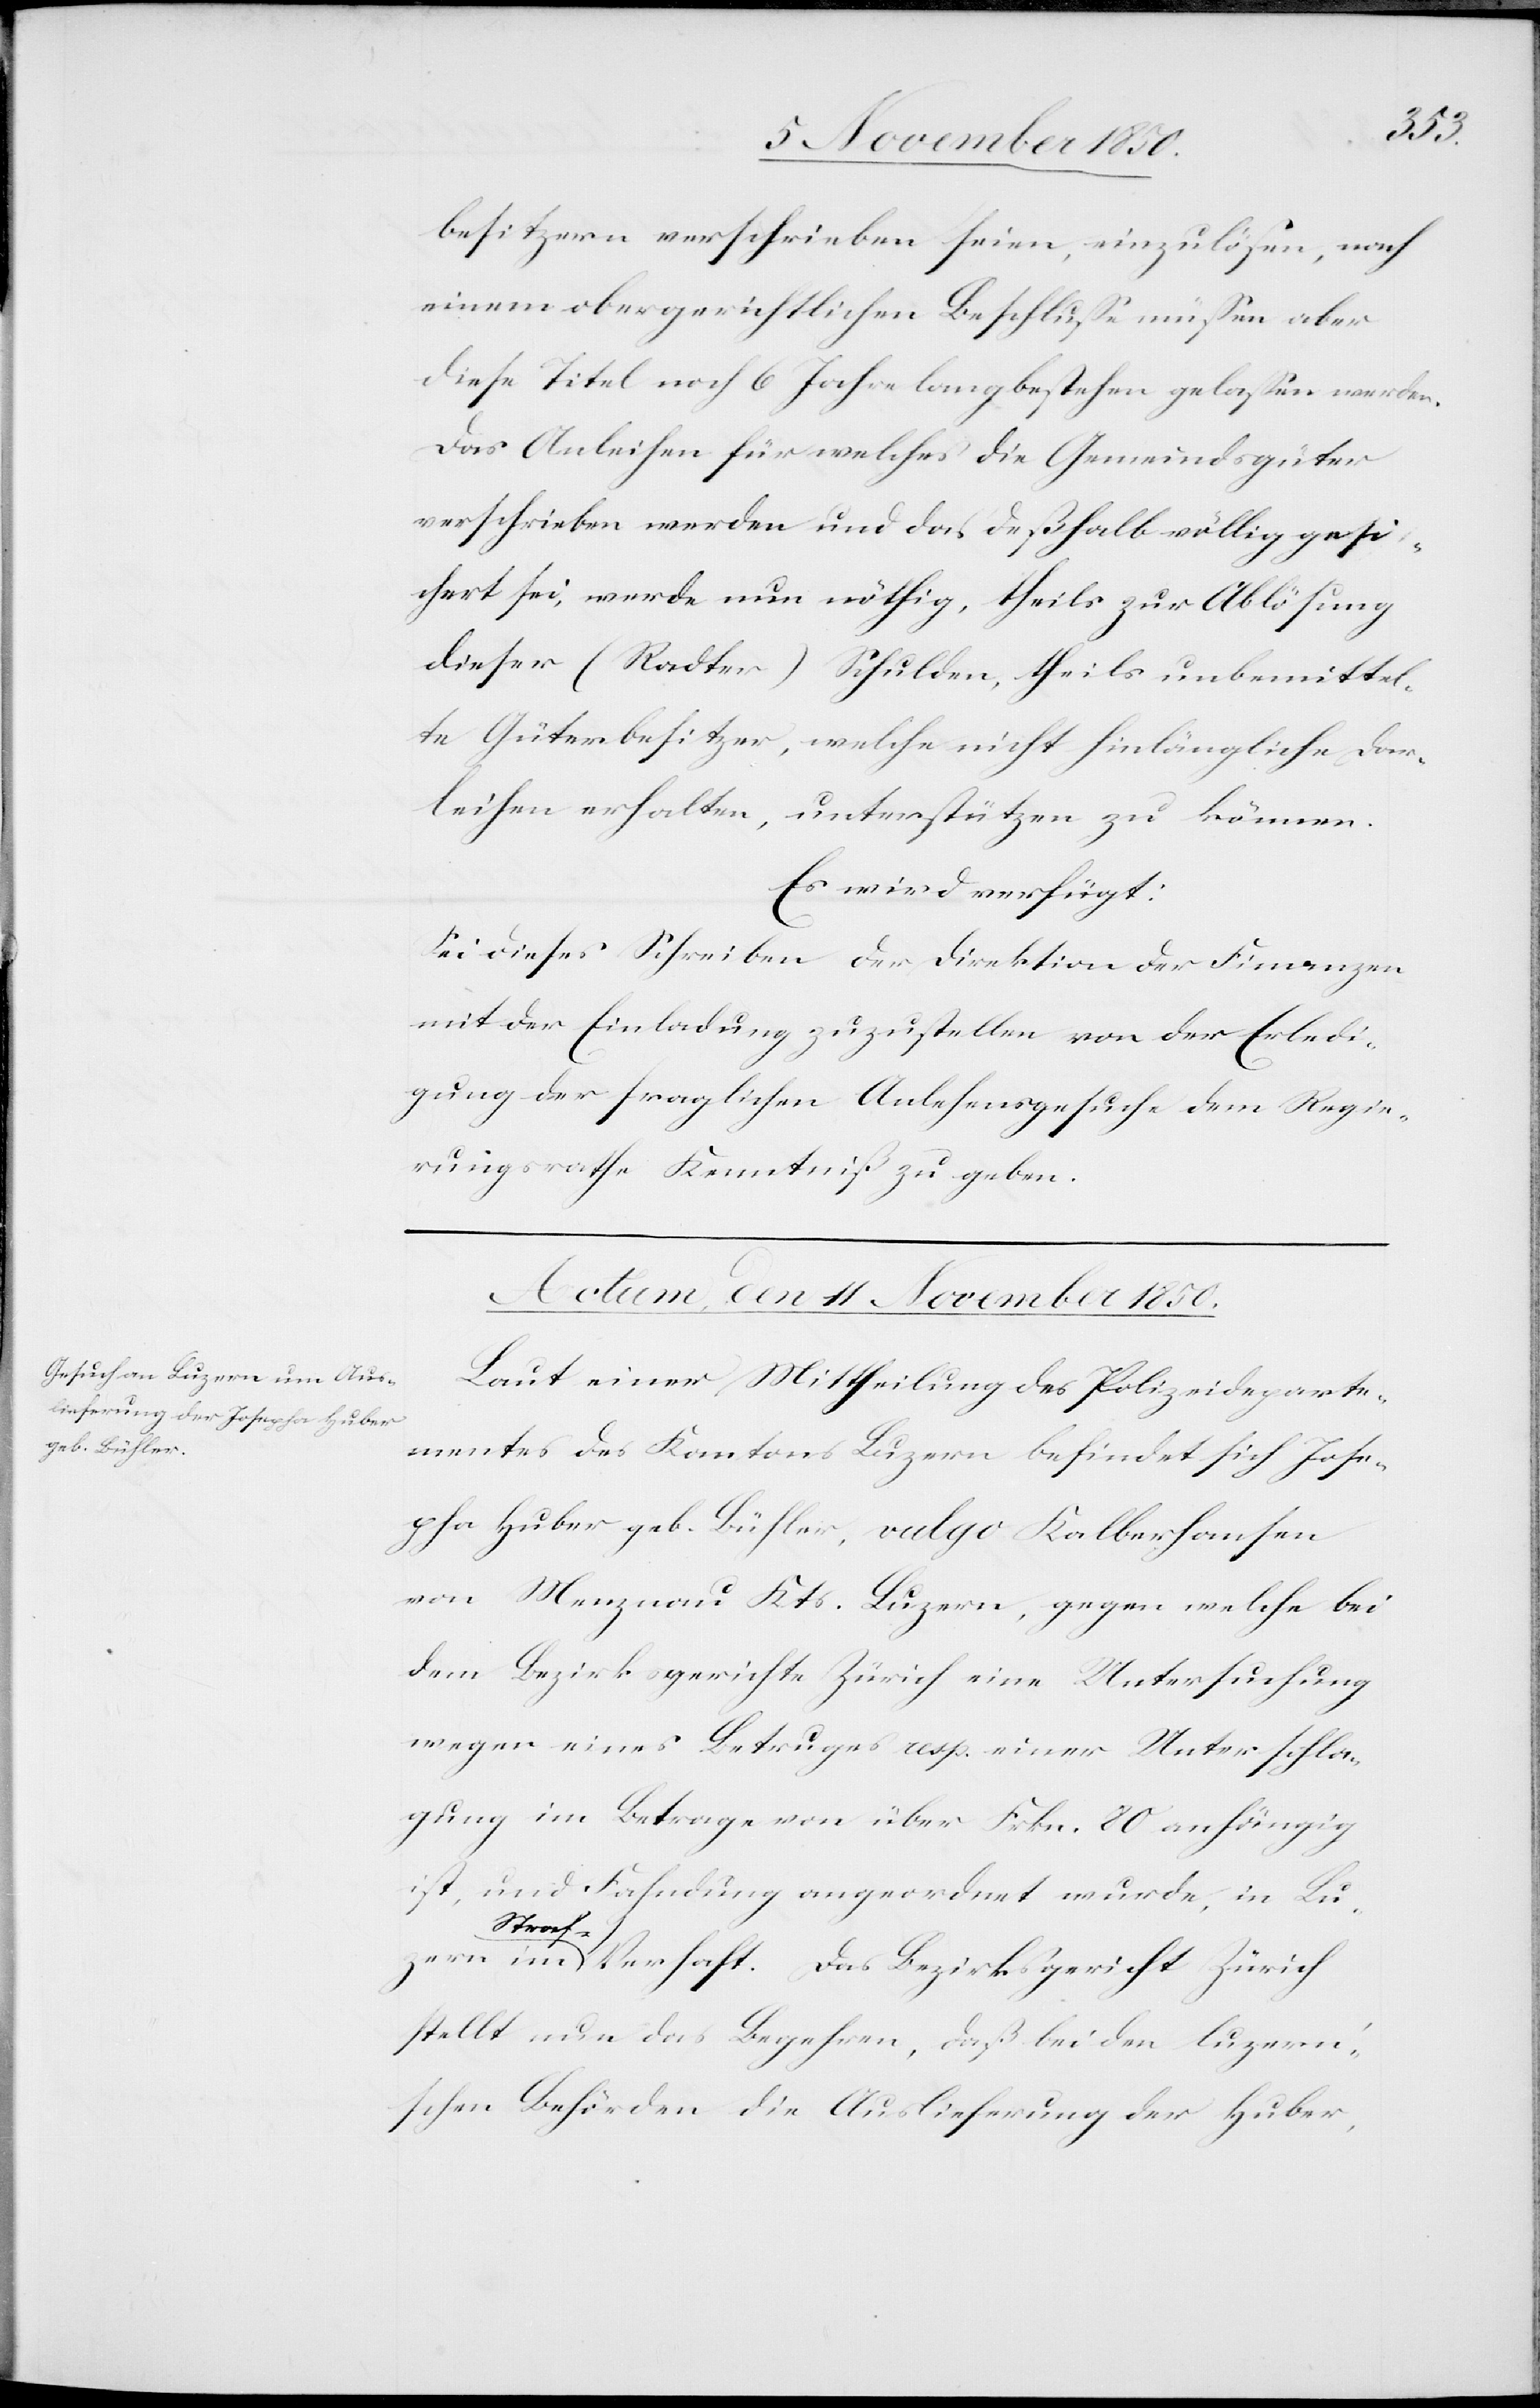
uzern
besitzern verschrieben seien, einzulösen, nach
einem obergerichtlichen Beschlusse müssen aber
diese Titel noch 6 Jahre lang bestehen gelassen werden.
Das Anleihen für welches die Gemeindsgüter
verschrieben werden und das deßhalb völlig gesi¬
chert sei, werde nun nöthig, theils zur Ablösung
dieser (Radter) Schulden, theils [um] unbemittel¬
te Güterbesitzer, welche nicht hinlänglich Dar¬
leihen erhalten, unterstützen zu können.
Es wird verfügt:
Sei dieses Schreiben der Direktion der Finanzen
mit der Einladung zuzustellen von der Erledi¬
gung der fraglichen Anlehensgesuche dem Regie¬
rungsrathe Kenntniß zu geben.
Actum, den 11 November 1850.
Laut einer Mittheilung des Polizeideparte¬
mentes des Kantons Luzern befindet sich Jose¬
pha Huber geb. Bühler, vulgo Kalberhansen
von Menznau Kts. Luzern, gegen welche bei
dem Bezirksgerichte Zürich eine Untersuchung
wegen eines Betruges resp. einer Unterschla¬
gung im Betrage von über Frkn. 80 anhängig
ist, und Fahndung angeordnet wurde, in L¬
Stra¬
f-Verhaft. Das Bezirksgericht Zürich
stellt nun das Begehren, daß bei den luzer¬
n’schen Behörden die Auslieferung der Huber,